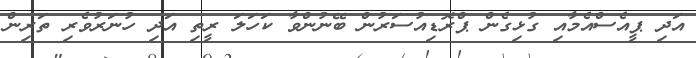
އަދި ޕީއެސްއެމާއި ގުޅިގެން ޕްރޮޑިއުސަރުން ބޭނުންވާ ކަހަލަ ރީތި އަދި ހުނަރުވެރި ތަރިން